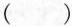
( )